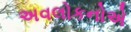
અવલોકનોએ